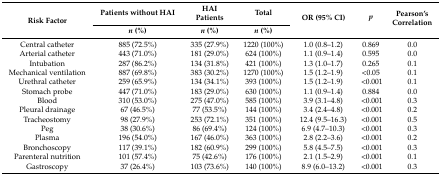
<table><thead><tr><td rowspan="2"><b>Risk Factor</b></td><td><b>Patients without HAI</b></td><td><b>HAI Patients</b></td><td><b>Total</b></td><td rowspan="2"><b>OR (95% CI)</b></td><td rowspan="2"><b><i>p</i></b></td><td rowspan="2"><b>Pearson’s Correlation</b></td></tr><tr><td><b><i>n</i> (%)</b></td><td><b><i>n</i> (%)</b></td><td><b><i>n</i> (%)</b></td></tr></thead><tbody><tr><td>Central catheter</td><td>885 (72.5%)</td><td>335 (27.9%)</td><td>1220 (100%)</td><td>1.0 (0.8–1.2)</td><td>0.869</td><td>0.0</td></tr><tr><td>Arterial catheter</td><td>443 (71.0%)</td><td>181 (29.0%)</td><td>624 (100%)</td><td>1.1 (0.9–1.4)</td><td>0.595</td><td>0.0</td></tr><tr><td>Intubation</td><td>287 (86.2%)</td><td>134 (31.8%)</td><td>421 (100%)</td><td>1.3 (1.0–1.7)</td><td>0.265</td><td>0.1</td></tr><tr><td>Mechanical ventilation</td><td>887 (69.8%)</td><td>383 (30.2%)</td><td>1270 (100%)</td><td>1.5 (1.2–1.9)</td><td>&lt;0.05</td><td>0.1</td></tr><tr><td>Urethral catheter</td><td>259 (65.9%)</td><td>134 (34.1%)</td><td>393 (100%)</td><td>1.5 (1.2–1.9)</td><td>&lt;0.001</td><td>0.1</td></tr><tr><td>Stomach probe</td><td>447 (71.0%)</td><td>183 (29.0%)</td><td>630 (100%)</td><td>1.1 (0.9–1.4)</td><td>0.884</td><td>0.0</td></tr><tr><td>Blood</td><td>310 (53.0%)</td><td>275 (47.0%)</td><td>585 (100%)</td><td>3.9 (3.1–4.8)</td><td>&lt;0.001</td><td>0.3</td></tr><tr><td>Pleural drainage</td><td>67 (46.5%)</td><td>77 (53.5%)</td><td>144 (100%)</td><td>3.4 (2.4–4.8)</td><td>&lt;0.001</td><td>0.2</td></tr><tr><td>Tracheostomy</td><td>98 (27.9%)</td><td>253 (72.1%)</td><td>351 (100%)</td><td>12.4 (9.5–16.3)</td><td>&lt;0.001</td><td>0.5</td></tr><tr><td>Peg</td><td>38 (30.6%)</td><td>86 (69.4%)</td><td>124 (100%)</td><td>6.9 (4.7–10.3)</td><td>&lt;0.001</td><td>0.3</td></tr><tr><td>Plasma</td><td>196 (54.0%)</td><td>167 (46.0%)</td><td>363 (100%)</td><td>2.8 (2.2–3.6)</td><td>&lt;0.001</td><td>0.2</td></tr><tr><td>Bronchoscopy</td><td>117 (39.1%)</td><td>182 (60.9%)</td><td>299 (100%)</td><td>5.8 (4.5–7.5)</td><td>&lt;0.001</td><td>0.3</td></tr><tr><td>Parenteral nutrition</td><td>101 (57.4%)</td><td>75 (42.6%)</td><td>176 (100%)</td><td>2.1 (1.5–2.9)</td><td>&lt;0.001</td><td>0.1</td></tr><tr><td>Gastroscopy</td><td>37 (26.4%)</td><td>103 (73.6%)</td><td>140 (100%)</td><td>8.9 (6.0–13.2)</td><td>&lt;0.001</td><td>0.3</td></tr></tbody></table>